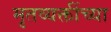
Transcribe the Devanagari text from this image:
मृतव्यक्तींच्या